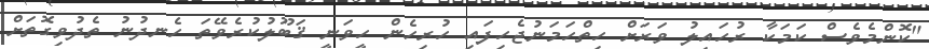
"ކޮންމެވެސް ކަމަކާ ރުހައިލު ވަރަށް ހިތްހަމަނުޖެހިފައި ހުރިހެން ހީވަނީ ޤަބޫލުކުރެވޭތަ ހެނދުނު ތެދުވިގޮތަށް